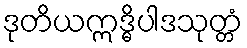
ဒုတိယဣဒ္ဓိပါဒသုတ္တံ